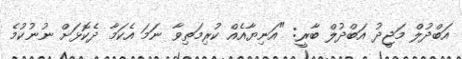
އަބްދުލް މަޖީދު އަބްދުލް ބާރީ: "އަނިޔާއެއް ކުރިމަތިވާ ނަމަ އެކަމާ ދެކޮޅަށް ނުނުކުމެ